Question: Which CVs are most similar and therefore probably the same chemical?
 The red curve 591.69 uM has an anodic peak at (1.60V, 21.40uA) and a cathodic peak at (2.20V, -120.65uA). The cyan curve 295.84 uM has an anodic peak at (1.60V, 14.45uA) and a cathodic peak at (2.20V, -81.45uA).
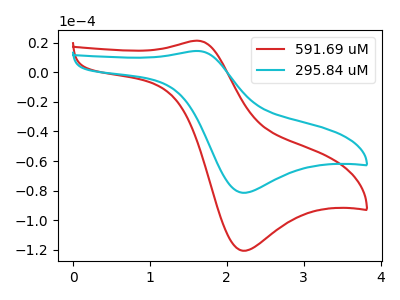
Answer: <think>All the peaks in "591.69 uM" have a peak in "295.84 uM" at the same potential. Every peak in "591.69 uM" is higher than every peak in "295.84 uM".
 </think>
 <answer>"295.84 uM" and "591.69 uM" have the same shape and are likely CV's of the same chemical.</answer>
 <eval>"295.84 uM" "591.69 uM"</eval>